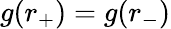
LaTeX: g(r_{+})=g(r_{-})